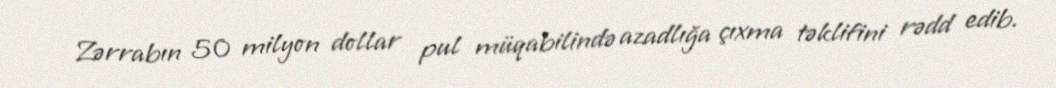
Zərrabın 50 milyon dollar pul müqabilində azadlığa çıxma təklifini rədd edib.